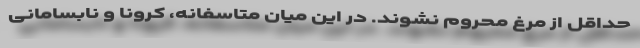
حداقل از مرغ محروم نشوند. در این میان متاسفانه، کرونا و نابسامانی